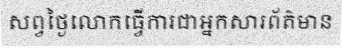
សព្វថ្ងៃលោកធ្វើការជាអ្នកសារព័ត៌មាន